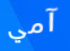
آمي